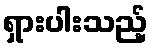
ရှားပါးသည့်